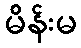
မိန်းမ